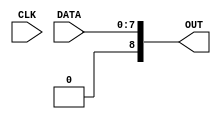
//NAME: SHAHBAZ HASSAN KHAN MALIK
//LAB 6B

`timescale 1 ns / 1 ns

module S_REG(CLK, DATA, OUT); 

parameter SIZE = 8; //Let the default width = 8 bits

input CLK;
input [SIZE-1:0] DATA; 
output reg [SIZE:0] OUT;

//BEHAVIOURAL MODELING
always @*

OUT <= DATA;


endmodule